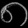
Digit: ၈